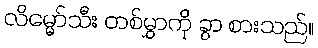
လိမ္မော်သီး တစ်မွှာကို ခွာ စားသည်။